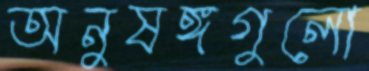
অনুষঙ্গগুলো